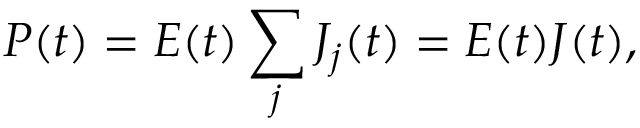
P ( t ) = E ( t ) \sum _ { j } J _ { j } ( t ) = E ( t ) J ( t ) ,